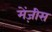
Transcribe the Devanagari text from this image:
मेंज़ीस